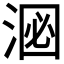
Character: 𪶑